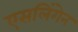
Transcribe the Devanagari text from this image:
एसलिंगेन